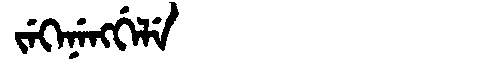
Manchu: ᠵᡝᡴᡝᠨᡝᠩᡤᡝᠯᡝ
Romanization: JEKENENGGELE